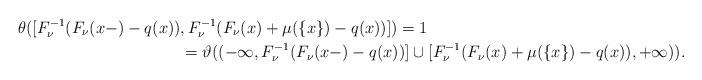
LaTeX: \begin{align*}\theta([F_\nu^{-1}(F_\nu(x-)-q(x))&,F_\nu^{-1}(F_\nu(x)+\mu(\{x\})-q(x))])=1\\&=\vartheta((-\infty,F_\nu^{-1}(F_\nu(x-)-q(x))]\cup[F_\nu^{-1}(F_\nu(x)+\mu(\{x\})-q(x)),+\infty)).\end{align*}